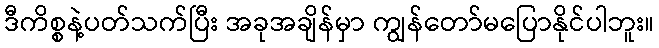
ဒီကိစ္စနဲ့ပတ်သက်ပြီး အခုအချိန်မှာ ကျွန်တော်မပြောနိုင်ပါဘူး။